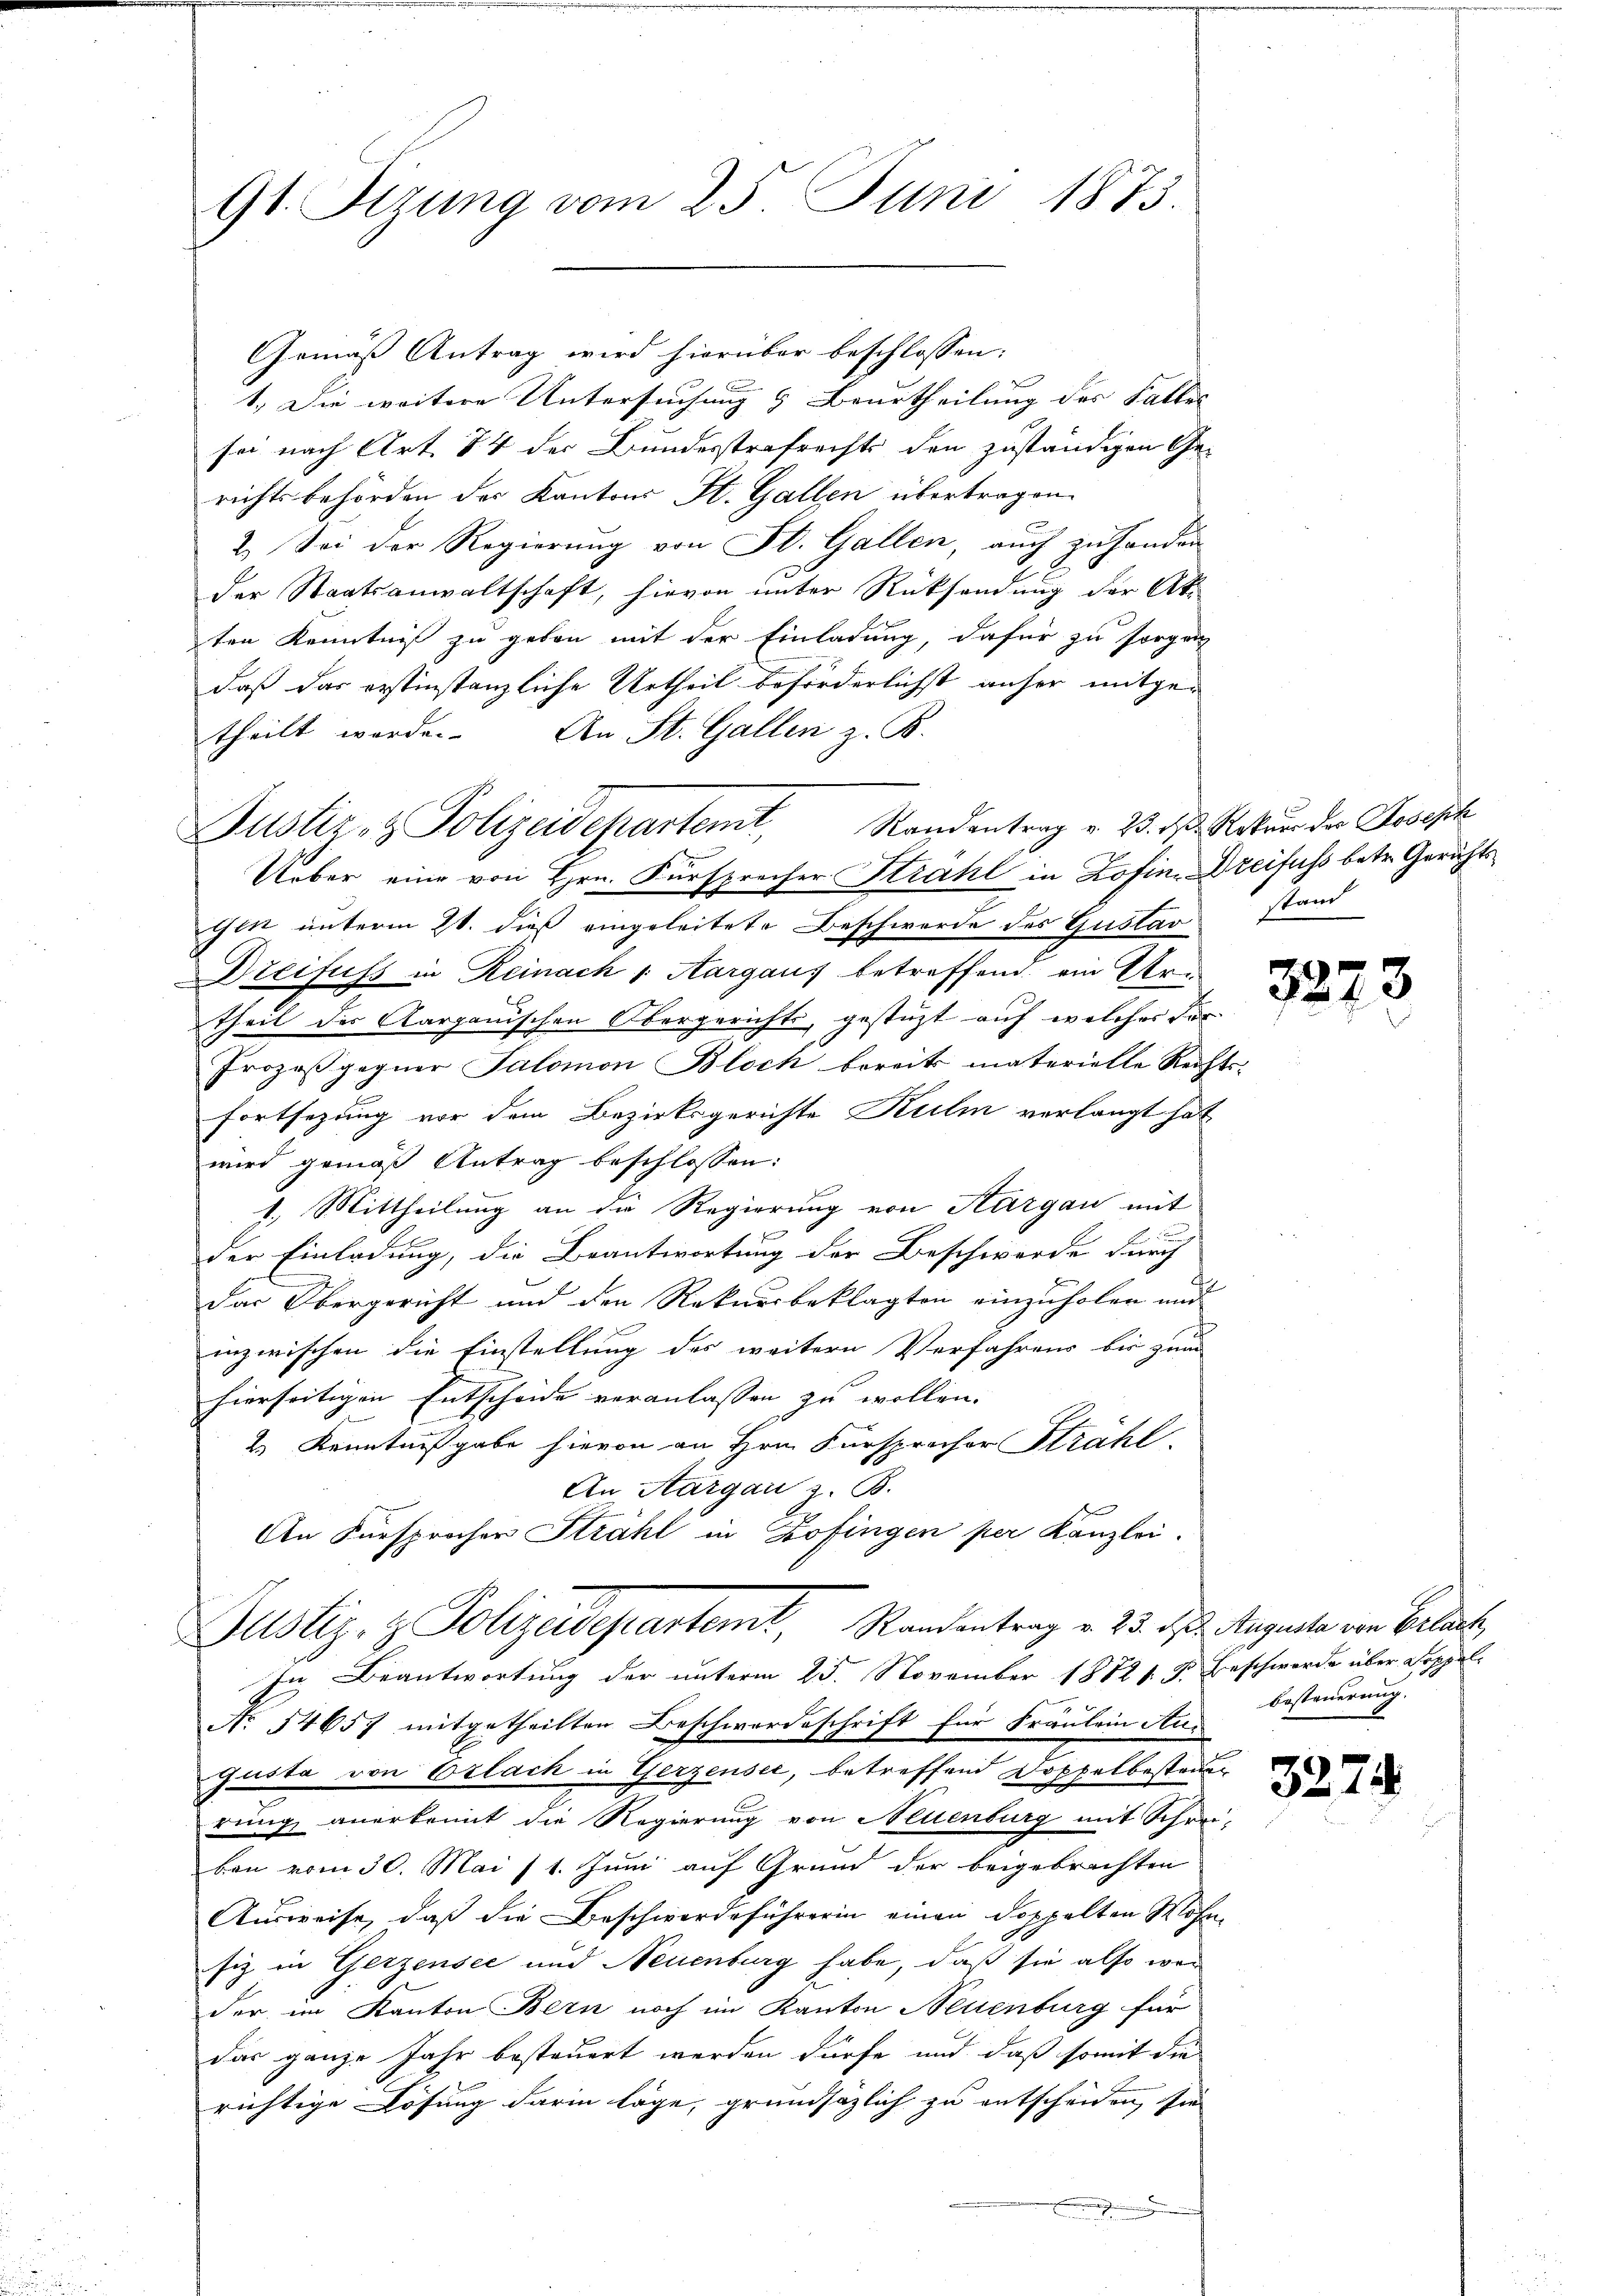
Gemäß Antrag wird hierüber beschlossen:
1.) Die weitere Untersuchung & Beurtheilung des Falles |
sei nach Art. 84 der Bundesstrafrechts den zuständigen Ge-
richtsbehörden der Kantons St. Gallen übertragen.
2. Sei der Regierung von St. Gallen, auch zu handen
der Staatsanwaltschaft, hievon unter Rücksendung der Ak-
ten Kenntniß zu geben mit der Einladung, dafür zu sorgen
daß das erstinstanzliche Urtheil beförderlichst unser mitgetheilt werde. An St. Gallen z. B.
gen unterm 21. dieß eingeleitete Beschwerde des Gustav stand
Dreifuss in Reinach v. Aargaus betreffend ein Artheil der Aargauischen Obergerichts, gestüzt auf welcher für
Prozessgegner Salomon Bloch bereits materielle Recht
Fortsezung vor dem Bezirksgerichte Kulm verlangt hat
wird gemäß Antrag beschlossen:
1.) Mittheilung an die Regierung von Aargau mit
der Einladung, die Beantwortung der Beschwerde durch
Das Obergericht und den Rekursbeklagten einzuholen und
inzwischen die Einstellung des weitern Verfahrens bis zum
hierseitigen Entscheide veranlassen zu wollen. |
e
2.) Kenntnißgabe hievon an Hrn. Fürsprecher Strahl.
An Aargau z. B.
An Fürsprocher Strahl in Zofingen per Kanzlei.
Justiz- & Polizeidepartemt, Standentrag u. 23. ds. Auguste von Verlaute
In Beantwortung der unterm 25. November 1882 s. g. Beschwerde über Doppel
No 14657 mitgetheilten Beschwerdeschrift für Fräulein Au¬
Gusta von Erlach in Gerzensee, betreffend Doppelbesteuer
rung anerkennt die Regierung von Neuenburg mit Schreiben vom 30. Mai 11. Juni auf Grund der beigebrachten
Ausweise, daß die Beschwerdeführerin einen Doppelten Wohnsiz in Gerzensee und Neuenburg habe, daß sie also wer
der im Kanton Bern noch im Kanton Neuenburg für
das ganze Jahr besteuert werden dürfe und daß somit die
richtige Lösung darin lage, grundsätzlich zu entscheiden, sie

Justiz- & Polizeidepartemt, Randantrag v. 23. d. d. Natur der Joseph
Ueber eine von Hrn. Fürsprecher Strahl in Zofin. Dreifuss betr. Gerichts¬

91. Sizung vom 25. Juni 1873.

t

3273

besteuerung.

3274